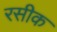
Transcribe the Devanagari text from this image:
रसीक